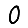
Digit: 0